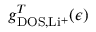
g _ { \mathrm { D O S } , \mathrm { L i ^ { + } } } ^ { T } ( \epsilon )